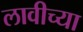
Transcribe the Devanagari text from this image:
लावीच्या